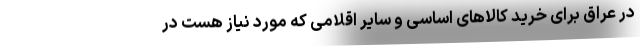
در عراق برای خرید کالاهای اساسی و سایر اقلامی که مورد نیاز هست در